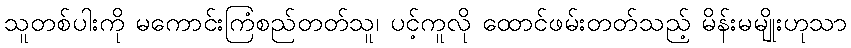
သူတစ်ပါးကို မကောင်းကြံစည်တတ်သူ၊ ပင့်ကူလို ထောင်ဖမ်းတတ်သည့် မိန်းမမျိုးဟုသာ